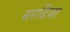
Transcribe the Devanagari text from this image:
सरदिया